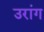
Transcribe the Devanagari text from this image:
उरांग